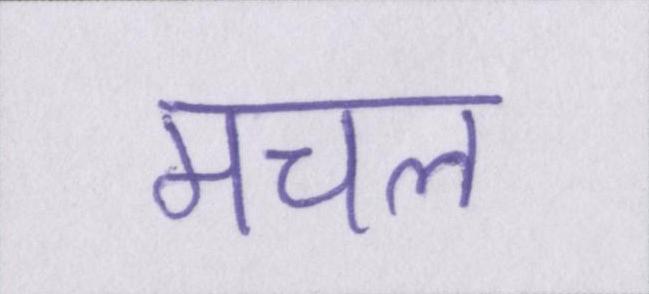
मचल